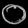
Digit: ၀